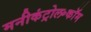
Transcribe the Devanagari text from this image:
मनीकंट्रोल॰कॉम